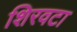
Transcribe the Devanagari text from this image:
शिरवटा